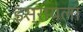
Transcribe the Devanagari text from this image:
इस्रायला